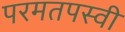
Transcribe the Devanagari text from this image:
परमतपस्वी